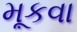
મૂકવા